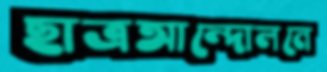
ছাত্রআন্দোলনে